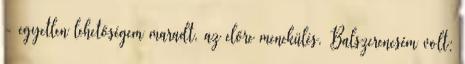
- egyetlen lehetősé­gem maradt, az előre menekülés. Balszerencsém volt: